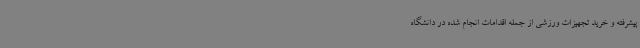
پیشرفته و خرید تجهیزات ورزشی از جمله اقدامات انجام شده در دانشگاه